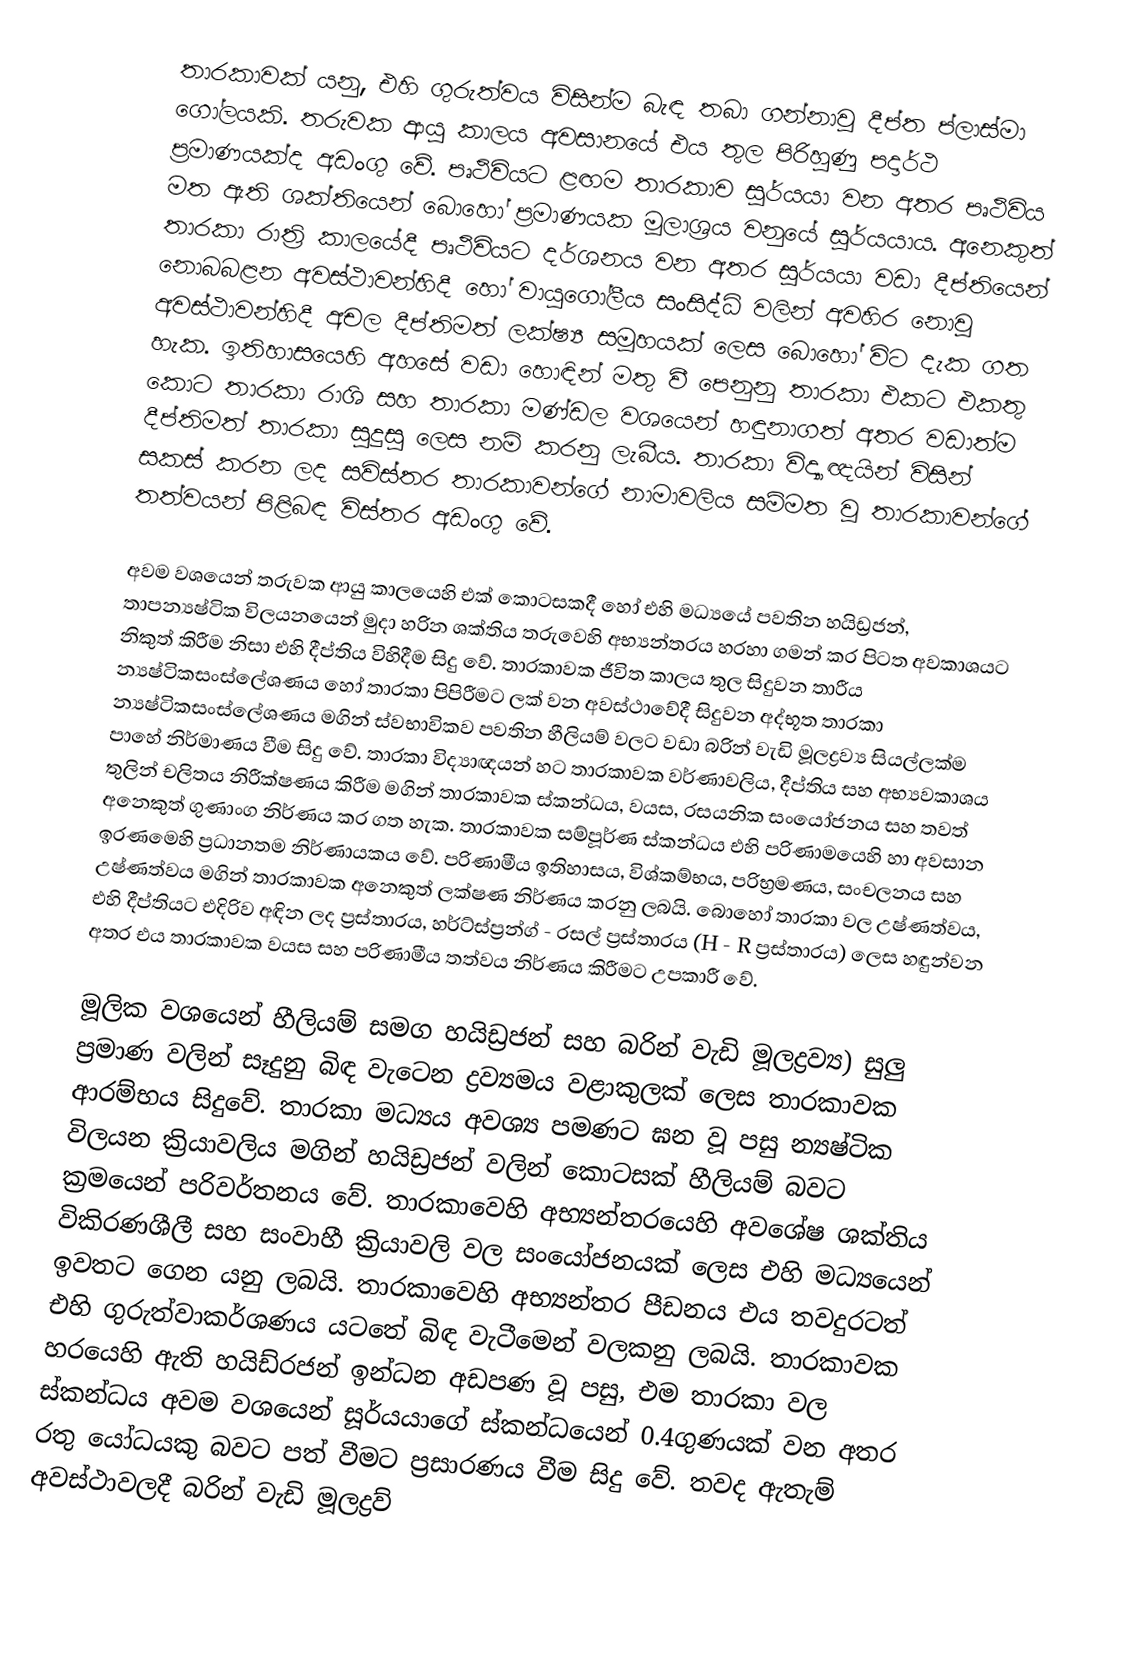
තාරකාවක් යනු, එහි  ගුරුත්වය විසින්ම බැඳ තබා ගන්නාවූ දීප්ත ප්ලාස්මා ගෝලයකි. තරුවක ආයු කාලය අවසානයේ එය තුල පිරිහුණු පදාර්ථ ප්‍රමාණයක්ද අඩංගු වේ. පෘථිවියට ළඟම තාරකාව සූර්යයා වන අතර පෘථිවිය මත ඇති ශක්තියෙන් බොහෝ ප්‍රමාණයක මූලාශ්‍රය වනුයේ සූර්යයාය. අනෙකුත් තාරකා රාත්‍රි කාලයේදී පෘථිවියට දර්ශනය වන අතර සූර්යයා වඩා දීප්තියෙන් නොබබළන අවස්ථාවන්හිදී හෝ වායුගෝලීය සංසිද්ධි වලින් අවහිර නොවූ අවස්ථාවන්හිදී අචල දීප්තිමත් ලක්ෂ්‍ය සමූහයක් ලෙස බොහෝ විට දැක ගත හැක. ඉතිහාසයෙහි අහසේ වඩා හොඳින් මතු වී පෙනුනු තාරකා එකට එකතු කොට තාරකා රාශි සහ තාරකා මණ්ඩල වශයෙන් හඳුනාගත් අතර වඩාත්ම දීප්තිමත් තාරකා සුදුසු ලෙස නම් කරනු ලැබීය. තාරකා විද්‍යාඥයින් විසින් සකස් කරන ලද සවිස්තර තාරකාවන්ගේ නාමාවලිය සම්මත වූ තාරකාවන්ගේ තත්වයන් පිළිබඳ විස්තර අඩංගු වේ.

අවම වශයෙන් තරුවක ආයු කාලයෙහි එක් කොටසකදී හෝ එහි මධ්‍යයේ පවතින හයිඩ්‍රජන්, තාපන්‍යෂ්ටික විලයනයෙන් මුදා හරින ශක්තිය තරුවෙහි අභ්‍යන්තරය හරහා ගමන් කර පිටත අවකාශයට නිකුත් කිරීම නිසා එහි දීප්තිය විහිදීම සිදු වේ. තාරකාවක ජීවිත කාලය තුල සිදුවන තාරීය න්‍යෂ්ටිකසංස්ලේශණය හෝ තාරකා පිපිරීමට ලක් වන අවස්ථාවේදී සිදුවන අද්භූත තාරකා න්‍යෂ්ටිකසංස්ලේශණය මගින් ස්වභාවිකව පවතින හීලියම් වලට වඩා බරින් වැඩි මූලද්‍රව්‍ය සියල්ලක්ම පාහේ නිර්මාණය වීම සිදු වේ. තාරකා විද්‍යාඥයන් හට තාරකාවක වර්ණාවලිය, දීප්තිය සහ අභ්‍යවකාශය තුලින් චලිතය නිරීක්ෂණය කිරීම මගින් තාරකාවක ස්කන්ධය, වයස, රසයනික සංයෝජනය සහ තවත් අනෙකුත් ගුණාංග නිර්ණය කර ගත හැක. තාරකාවක සම්පූර්ණ ස්කන්ධය එහි පරිණාමයෙහි හා අවසාන ඉරණමෙහි ප්‍රධානතම නිර්ණායකය වේ. පරිණාමීය ඉතිහාසය, විශ්කම්භය, පරිභ්‍රමණය, සංචලනය සහ උෂ්ණත්වය මගින් තාරකාවක අනෙකුත් ලක්ෂණ නිර්ණය කරනු ලබයි. බොහෝ තාරකා වල උෂ්ණත්වය, එහි දීප්තියට එදිරිව අඳින ලද ප්‍රස්තාරය, හර්ට්ස්ප්‍රන්ග් - රසල් ප්‍රස්තාරය (H - R ප්‍රස්තාරය) ලෙස හඳුන්වන අතර එය තාරකාවක වයස සහ පරිණාමීය තත්වය නිර්ණය කිරීමට උපකාරී වේ.

මූලික වශයෙන් හීලියම් සමග හයිඩ්‍රජන් සහ බරින් වැඩි මූලද්‍රව්‍ය) සුලු ප්‍රමාණ වලින් සෑදුනු බිඳ වැටෙන ද්‍රව්‍යමය වළාකුලක් ලෙස තාරකාවක ආරම්භය සිදුවේ. තාරකා මධ්‍යය අවශ්‍ය පමණට ඝන වූ පසු න්‍යෂ්ටික විලයන ක්‍රියාවලිය මගින් හයිඩ්‍රජන් වලින් කොටසක් හීලියම් බවට ක්‍රමයෙන් පරිවර්තනය වේ. තාරකාවෙහි අභ්‍යන්තරයෙහි අවශේෂ ශක්තිය විකිරණශීලී සහ සංවාහී ක්‍රියාවලි වල සංයෝජනයක් ලෙස එහි මධ්‍යයෙන් ඉවතට ගෙන යනු ලබයි. තාරකාවෙහි අභ්‍යන්තර පීඩනය එය තවදුරටත් එහි ගුරුත්වාකර්ශණය යටතේ බිඳ වැටීමෙන් වලකනු ලබයි. තාරකාවක හරයෙහි ඇති හයිඩ්රජන් ඉන්ධන අඩපණ වූ පසු, එම තාරකා වල ස්කන්ධය අවම වශයෙන් සූර්යයාගේ ස්කන්ධයෙන් 0.4ගුණයක් වන අතර රතු යෝධයකු බවට පත් වීමට ප්‍රසාරණය වීම සිදු වේ. තවද ඇතැම් අවස්ථාවලදී බරින් වැඩි මූලද්‍රව්‍